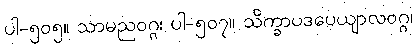
ပါ-၅၀၅။ သာမညဝဂ္ဂ၊ ပါ-၅၀၇။ သိက္ခာပဒပေယျာလဝဂ္ဂ၊